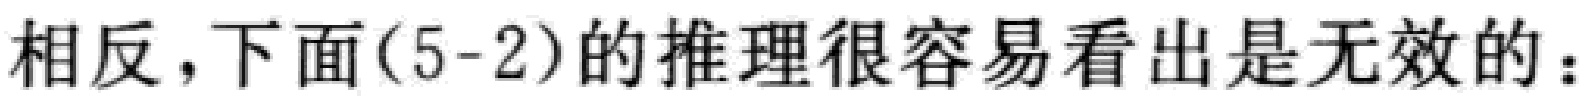
相反，下面(5-2)的推理很容易看出是无效的：